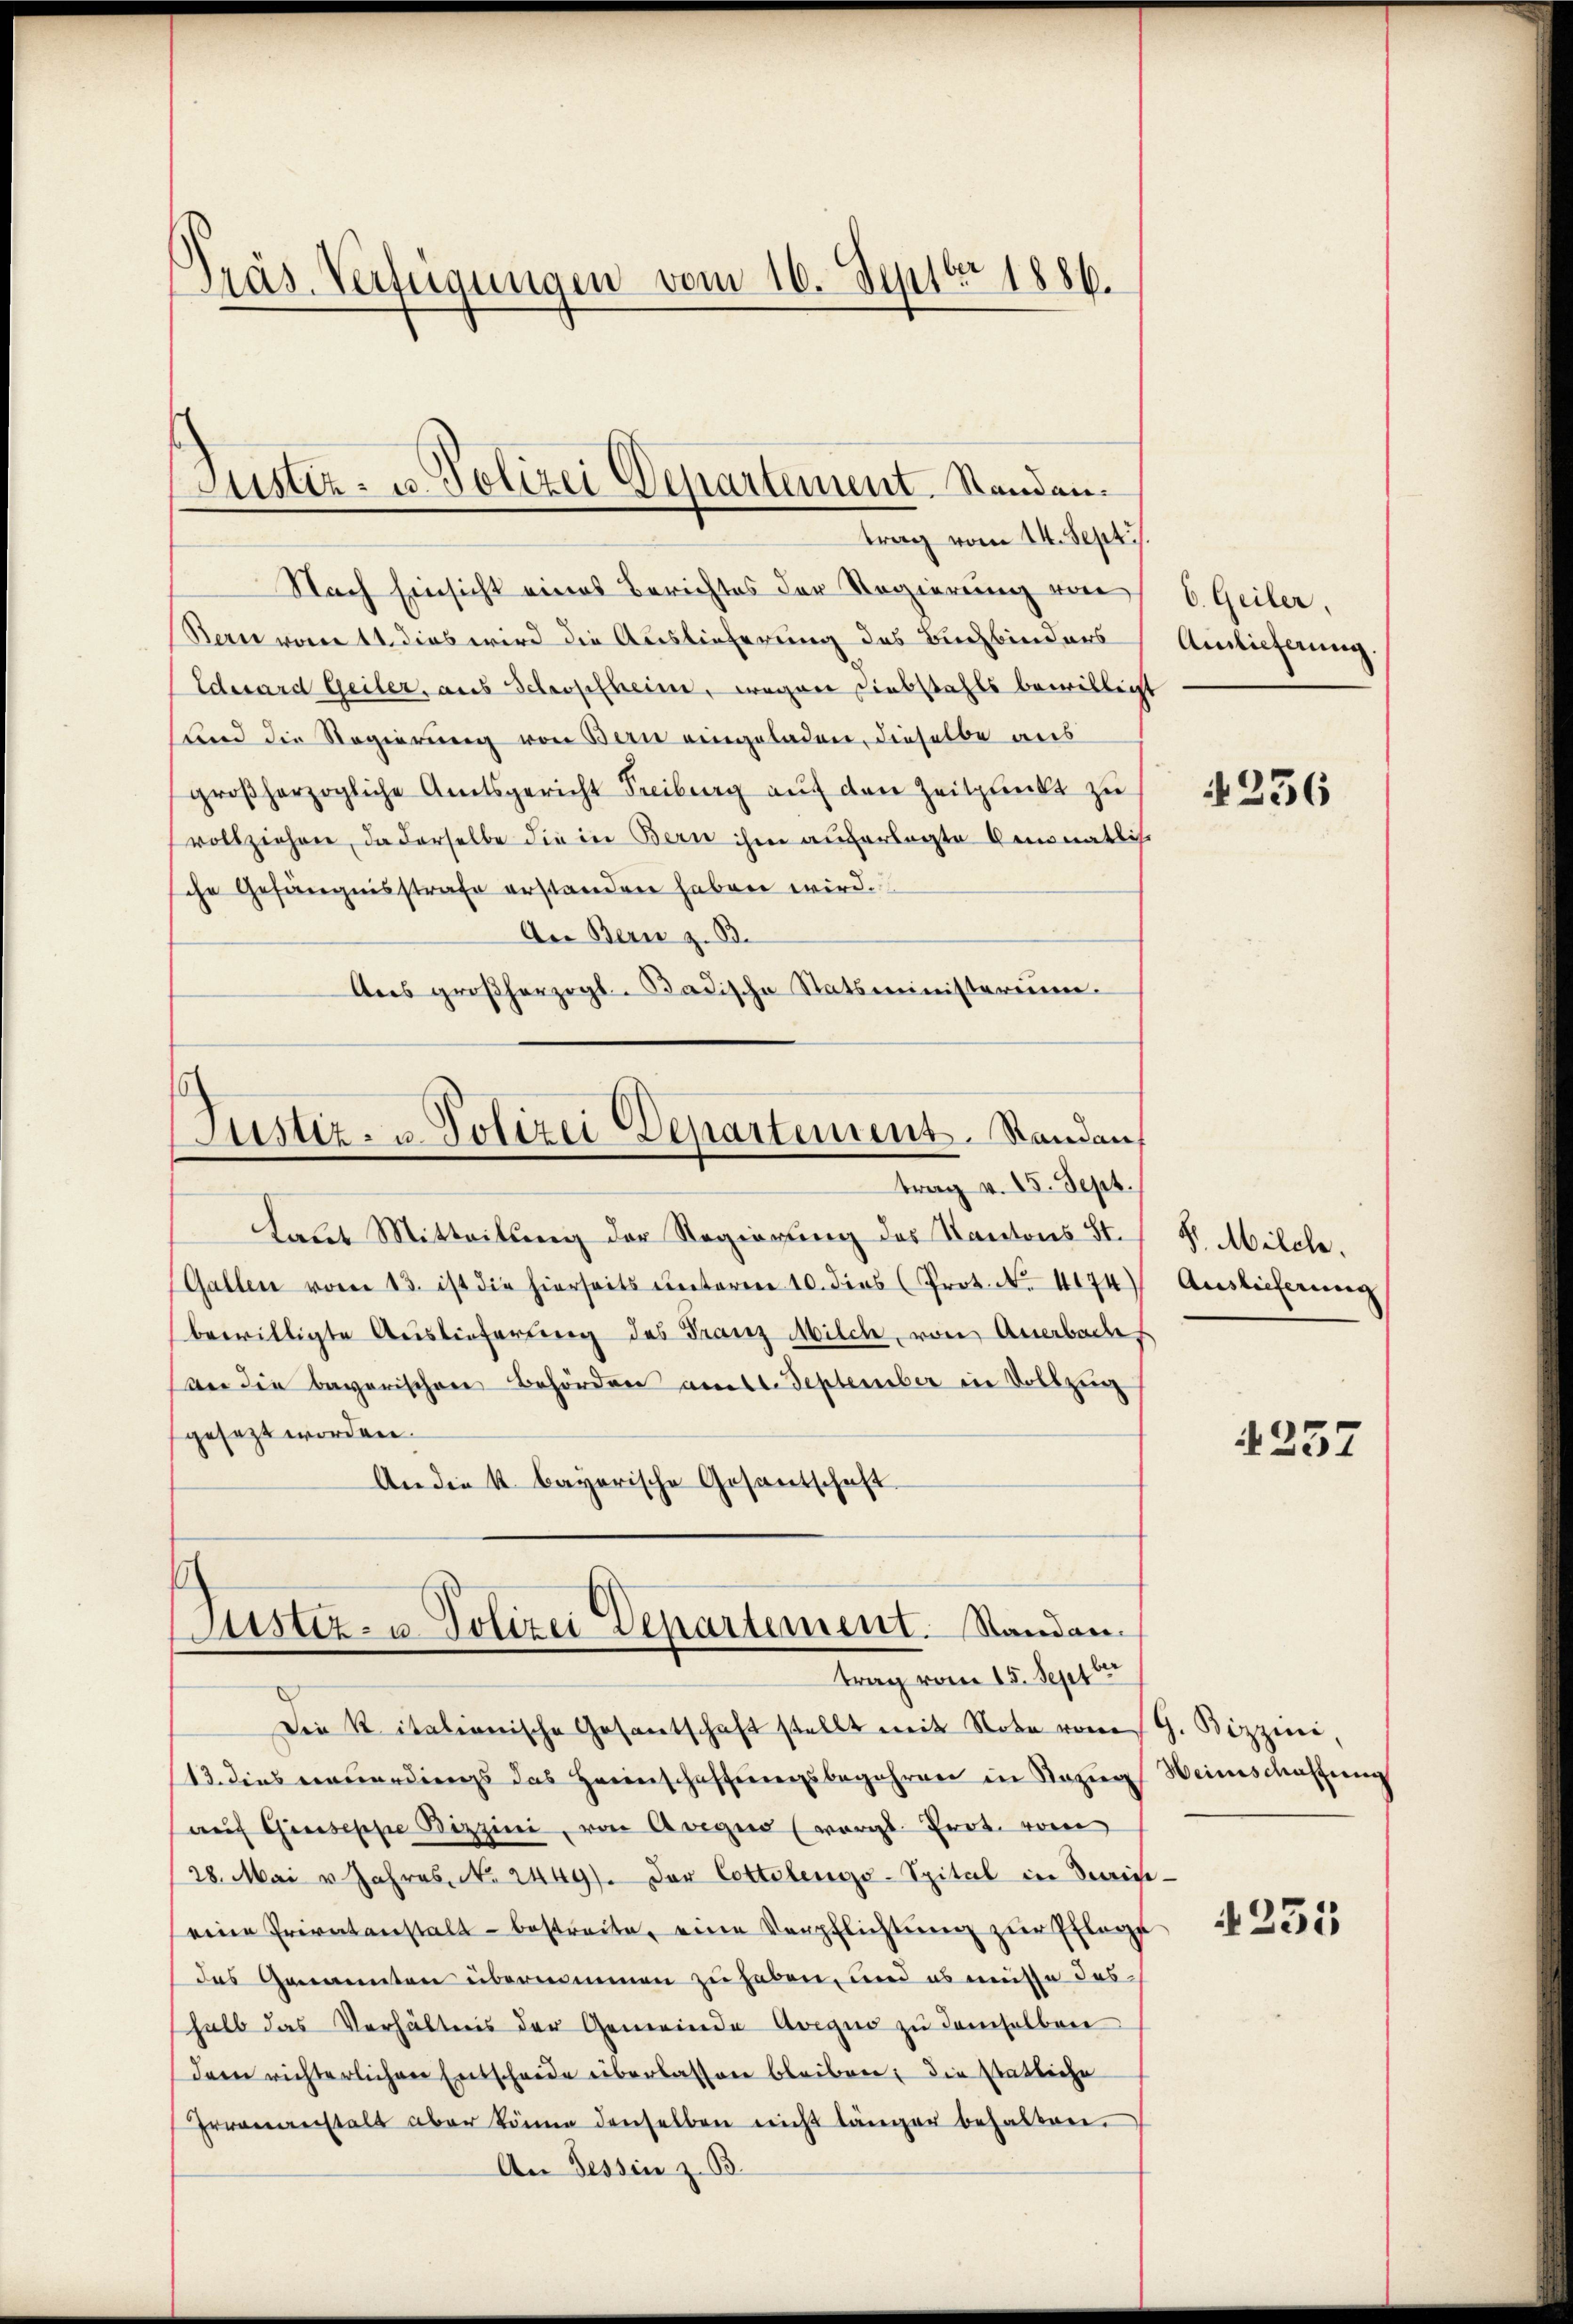
Präs. Verfügungen vom 16. Septbr. 1886.

Nach Einsicht eines Berichtes der Regierung von
Den von 11. dies wird die Auslieferung des Buchbinders
Edesard Geiler, aus Schopfheim, wegen Diebstahls bewilligt
sund die Regierung von Bern eingeladen, dieselbe aus
großherzogliche Amtsgericht Freiburg aŭf den Zeitpunkt zu
vollziehene, da derselbe die in Bern ihm auferlegte Ammonatliche
che Gefängnisstrafe erstanden haben wird.
An Bern z. B.
Ans großherzogl. Badische Statsministerium.

Justiz- u. Polizei Departement. Standen.
trag vom 14. Sept.

Justiz- u. Polizei Departement. Randauf
trag v. 15. Sept.

Justiz- u. Polizei Departement. Standen.
trag vom 15. Septbr.

Laut Mitteilung der Regierung des Kantons St.
Gallen vom 13. ist die hierseits unteren 10. dies (Prot. Nr. 4674)
bewilligte Auslieferung des Franz Milch, von Anerbaches
ber die bayerischen Behörden am 6. September die Vollzei
gesezt worden.
An die k. bayerische Gesantschaft

Die K. italionische Gesantschaft stellt mit Note vom G. Bizzene,
13. dies einverdings das Heimschaftungsbegehren in Kozug Weinschaffung
aŭf Giuseppe Bizzini, von Aege (vergl. Prot. vom
28. Mai v. Jahres No. 2449). Der Cottelengs-Spital in Verifi-
eine Privatanstalt bestreite, eine Verpflichtŭng zur Pflege
das Genannten übernommen zu haben, und es müsse das
halb das Verhältnis der Gemeinde Avequo zu demselben
dem richterlichen Entscheide überlassen bleiben, die statliche
Ervenanstalt aber könne denselben nicht länger behalten.
An Tessin z. B.

6. Geiler,
Anlieferung

236

V. Milch.
Auslieferung

4237

4235